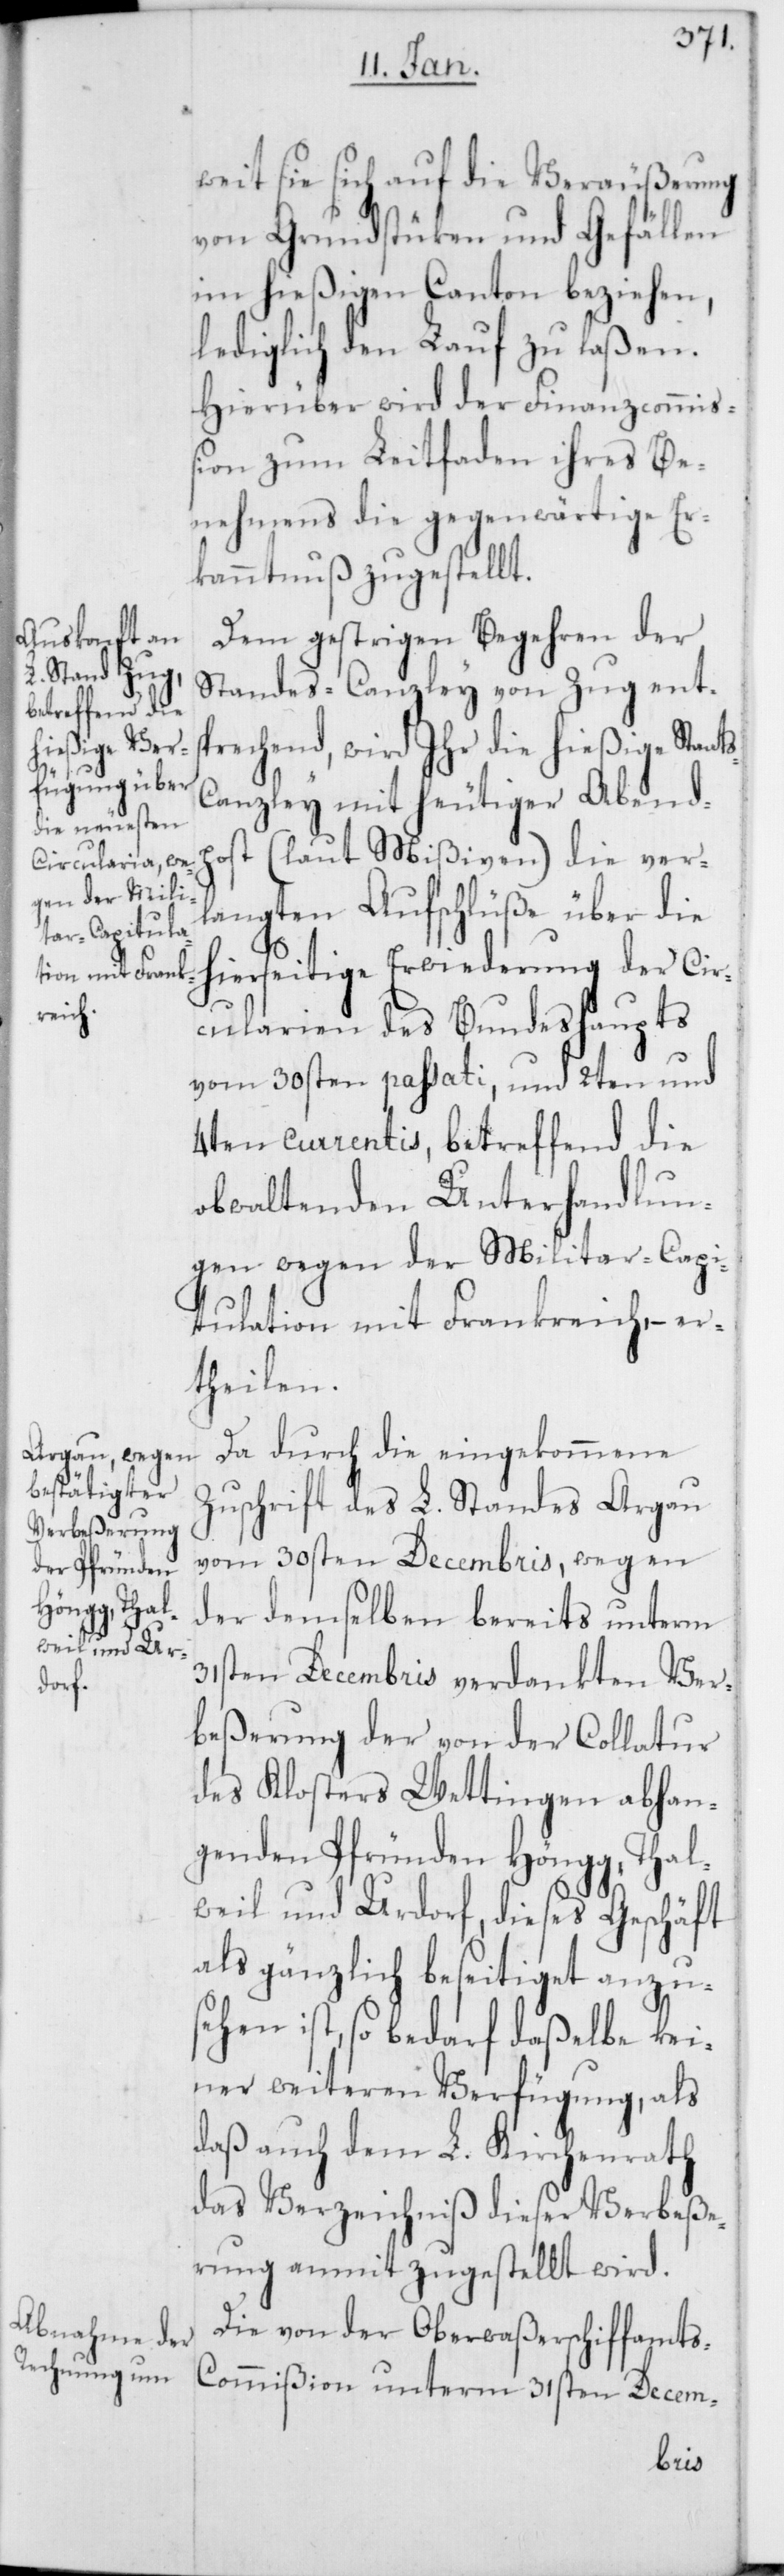
weit sie sich auf die Veräußerung
von Grundstüken und Gefällen
im hießigen Canton beziehen,
lediglich den Lauf zu laßen.
Hierüber wird der Finanzcommiß¬
ion zum Leitfaden ihres Be¬
nehmens die gegenwärtige Er¬
kanntnuß zugestellt.
Dem gestrigen Begehren der
Standes-Canzley von Zug ents¬
prechend, wird Ihr die hießige Staa¬
anzley mit heutiger Abendp¬
ost (laut Mißiven) die ver¬
langten Aufschlüße über die
hierseitige Erwiederung der Cir¬
cularien des Bundeshaupts
vom 30sten passati, und 2ten und
4ten currentis, betreffend die
obwaltenden Unterhandlun¬
gen wegen der Militar-Capi¬
tulation mit Frankreich, er¬
theilen.
Da durch die eingekommene
Zuschrift des L. Standes Argau
vom 30sten Decembris, wegen
der demselben bereits unterm
31sten Decembris verdankten Ver¬
beßerung der von der Collatur
des Klosters Wettingen abhan¬
genden Pfründen Höngg, Thal¬
weil und Urdorf, dieses Geschäft
als gänzlich beseitiget anzu¬
sehen ist, so bedarf daßelbe kei¬
ner weiteren Verfügung, als
daß auch dem L. Kirchenrath
das Verzeichniß dieser Verbeße¬
rung anmit zugestellt wird.
Die von der Oberwaßerschiffamt¬
s-Commißion unterm 31sten Decem-
ts-C¬